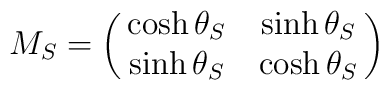
M_S=\left(\matrix{\cosh \theta_S & \sinh \theta_S\cr                  \sinh \theta_S &  \cosh \theta_S\cr}\right)